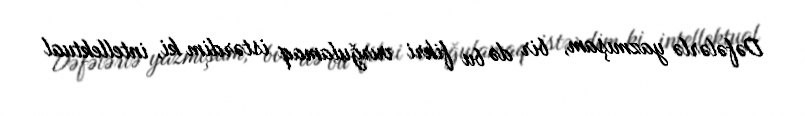
Dəfələrlə yazmışam, bir də bu fikri vurğulamaq istərdim ki, intellektual